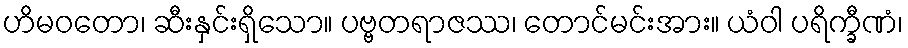
ဟိမဝတော၊ ဆီးနှင်းရှိသော။ ပဗ္ဗတရာဇဿ၊ တောင်မင်းအား။ ယံဝါ ပရိက္ခီဏံ၊